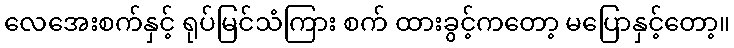
လေအေးစက်နှင့် ရုပ်မြင်သံကြား စက် ထားခွင့်ကတော့ မပြောနှင့်တော့။